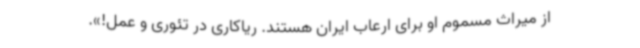
از میراث مسموم او برای ارعاب ایران هستند. ریاکاری در تئوری و عمل!».